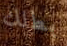
بطلك